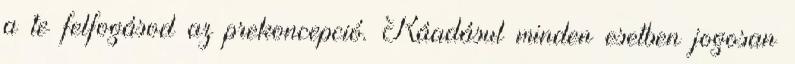
a te felfogásod az prekoncepció. Ráadásul minden esetben jogosan